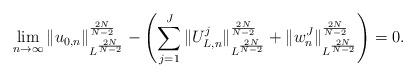
\begin{align*}\lim_{n \rightarrow \infty} \| u_{0,n} \|_{L^{\frac{2N}{N-2}}}^{\frac{2N}{N-2}} - \left ( \sum_{j = 1}^J \| U^j_{L,n} \|_{L^{\frac{2N}{N-2}}}^{\frac{2N}{N-2}} + \| w^J_{n} \|_{L^{\frac{2N}{N-2}}}^{\frac{2N}{N-2}} \right ) = 0. \end{align*}